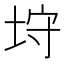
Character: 垨